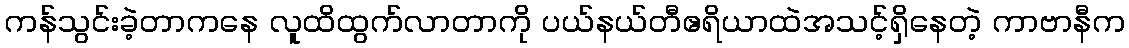
ကန်သွင်းခဲ့တာကနေ လူထိထွက်လာတာကို ပယ်နယ်တီဧရိယာထဲအသင့်ရှိနေတဲ့ ကာဗာနီက